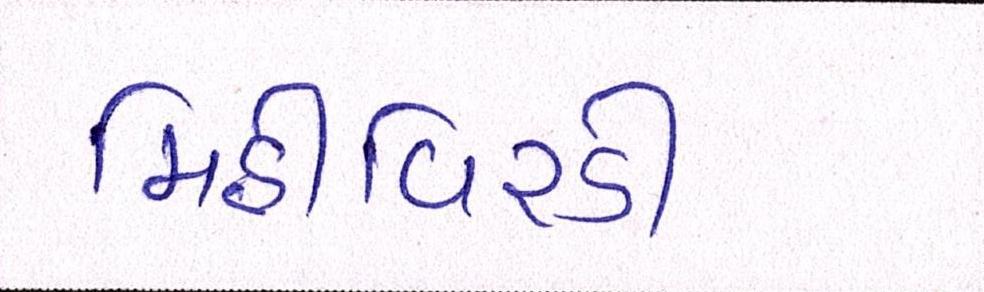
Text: મિઠીવિરડી